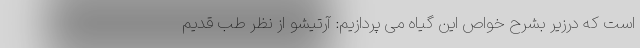
است که درزیر بشرح خواص این گیاه می پردازیم: آرتیشو از نظر طب قدیم